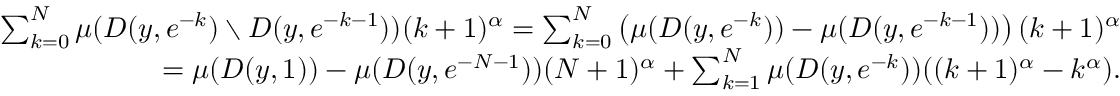
\begin{array} { r } { \sum _ { k = 0 } ^ { N } \mu ( D ( y , e ^ { - k } ) \setminus D ( y , e ^ { - k - 1 } ) ) ( k + 1 ) ^ { \alpha } = \sum _ { k = 0 } ^ { N } \left( \mu ( D ( y , e ^ { - k } ) ) - \mu ( D ( y , e ^ { - k - 1 } ) ) \right) ( k + 1 ) ^ { \alpha } } \\ { = \mu ( D ( y , 1 ) ) - \mu ( D ( y , e ^ { - N - 1 } ) ) ( N + 1 ) ^ { \alpha } + \sum _ { k = 1 } ^ { N } \mu ( D ( y , e ^ { - k } ) ) ( ( k + 1 ) ^ { \alpha } - k ^ { \alpha } ) . } \end{array}